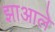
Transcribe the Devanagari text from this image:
झाआले